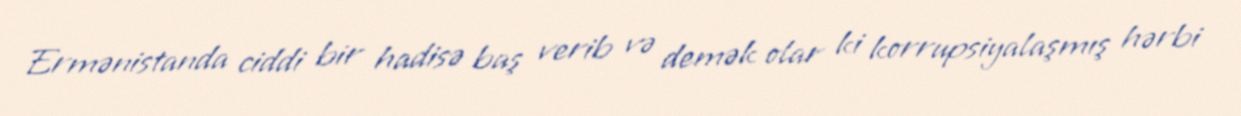
Ermənistanda ciddi bir hadisə baş verib və demək olar ki korrupsiyalaşmış hərbi